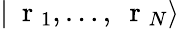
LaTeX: |\mathrm{~\mathbf~r~}_{1},\dots,\mathrm{~\mathbf~r~}_{N}\rangle